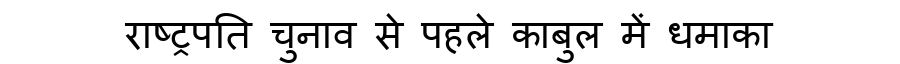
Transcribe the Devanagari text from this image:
राष्ट्रपति चुनाव से पहले काबुल में धमाका